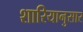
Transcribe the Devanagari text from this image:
शारियानुसार